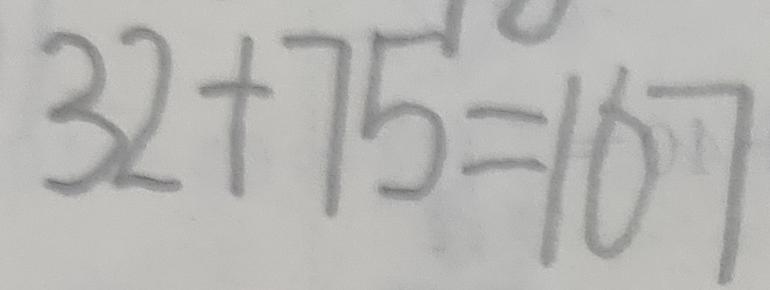
3 2 + 7 5 = 1 6 7